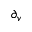
\partial _ { v }